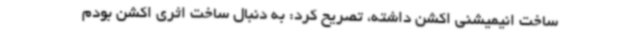
ساخت انیمیشنی اکشن داشته، تصریح کرد: به دنبال ساخت اثری اکشن بودم